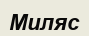
Миляс